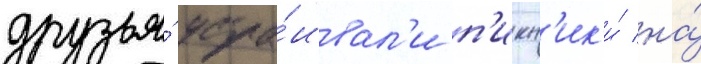
друзья́ устра́ивал'и п'икн'ик'и́ на́